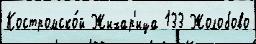
Костромско́й Жихар'ица 133 Жолобово